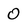
Character: O